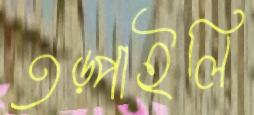
তড়্‌পাইলি